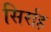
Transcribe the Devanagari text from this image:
सिर्राह